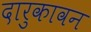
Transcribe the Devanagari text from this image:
दारुकावन